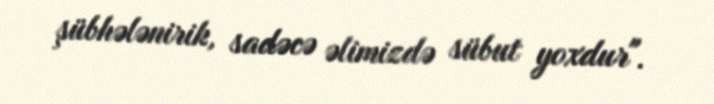
şübhələnirik, sadəcə əlimizdə sübut yoxdur".